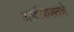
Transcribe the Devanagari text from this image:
आदींबाबतचे